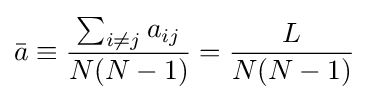
{\bar {a}}\equiv {\frac {\sum _{i\neq j}a_{ij}}{N(N-1)}}={\frac {L}{N(N-1)}}